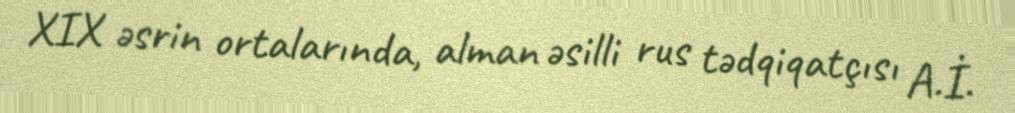
XIX əsrin ortalarında, alman əsilli rus tədqiqatçısı A.İ.